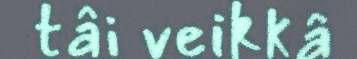
tâi veikkâ